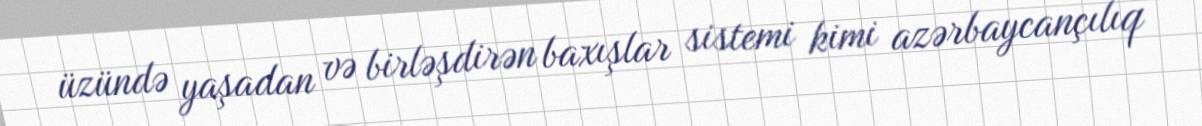
üzündə yaşadan və birləşdirən baxışlar sistemi kimi azərbaycançılıq